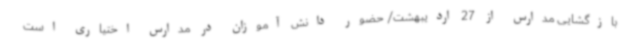
بازگشایی مدارس از 27 اردیبهشت/ حضور دانش آموزان در مدارس اختیاری است